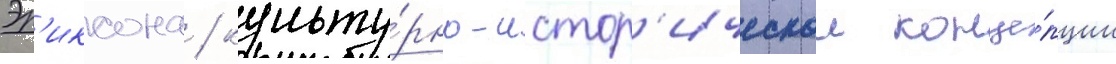
Эр'иксона / культу́рно-истор'ическои конце́пции